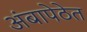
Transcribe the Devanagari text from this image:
अंबापेठेत